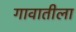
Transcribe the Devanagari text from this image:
गावातीला